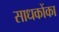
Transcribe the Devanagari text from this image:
साधकोंका